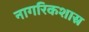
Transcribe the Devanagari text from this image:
नागरिकशास्र